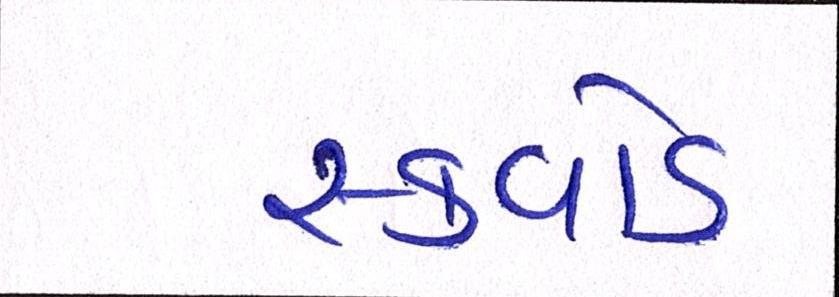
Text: સ્ક્વોડ